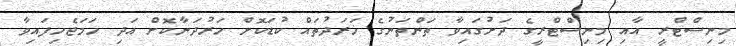
މިނިސްޓްރީ އާއި މިނިސްޓްރީގެ ދަށުގައިވާ ތަންތަނުގެ ޚަރަދުތައް ކުޑަކޮށް ހަރުދަނާކޮށް އަދި ހަމަޖެހިފައިވާ